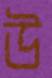
উ